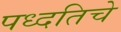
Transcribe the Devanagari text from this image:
पध्दतिचे